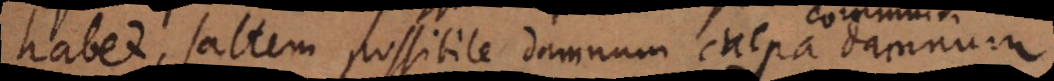
habet, saltem possibile damnum culpa damnum